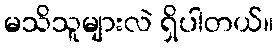
မသိသူများလဲ ရှိပါတယ်။